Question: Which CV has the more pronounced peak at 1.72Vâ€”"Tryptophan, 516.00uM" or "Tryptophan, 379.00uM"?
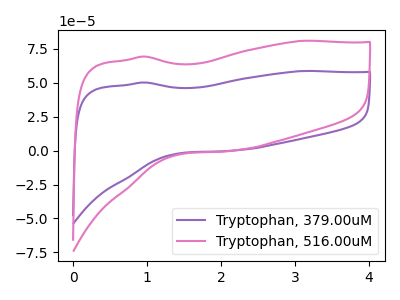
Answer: <think>The purple curve "Tryptophan, 379.00uM" has no peaks. The pink curve "Tryptophan, 516.00uM" has no peaks.</think>
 <answer>"Tryptophan, 516.00uM" and "Tryptophan, 379.00uM" dont share a peak at 1.72V.</answer>
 <eval>mismatch</eval>